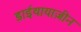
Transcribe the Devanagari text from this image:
डाईथायाज़ीन